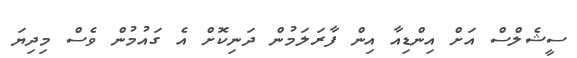
ސީޝެލްސް އަށް އިންޑިއާ އިން ފާރަލަމުން ދަނިކޮށް އެ ގައުމުން ވެސް މިދިޔަ